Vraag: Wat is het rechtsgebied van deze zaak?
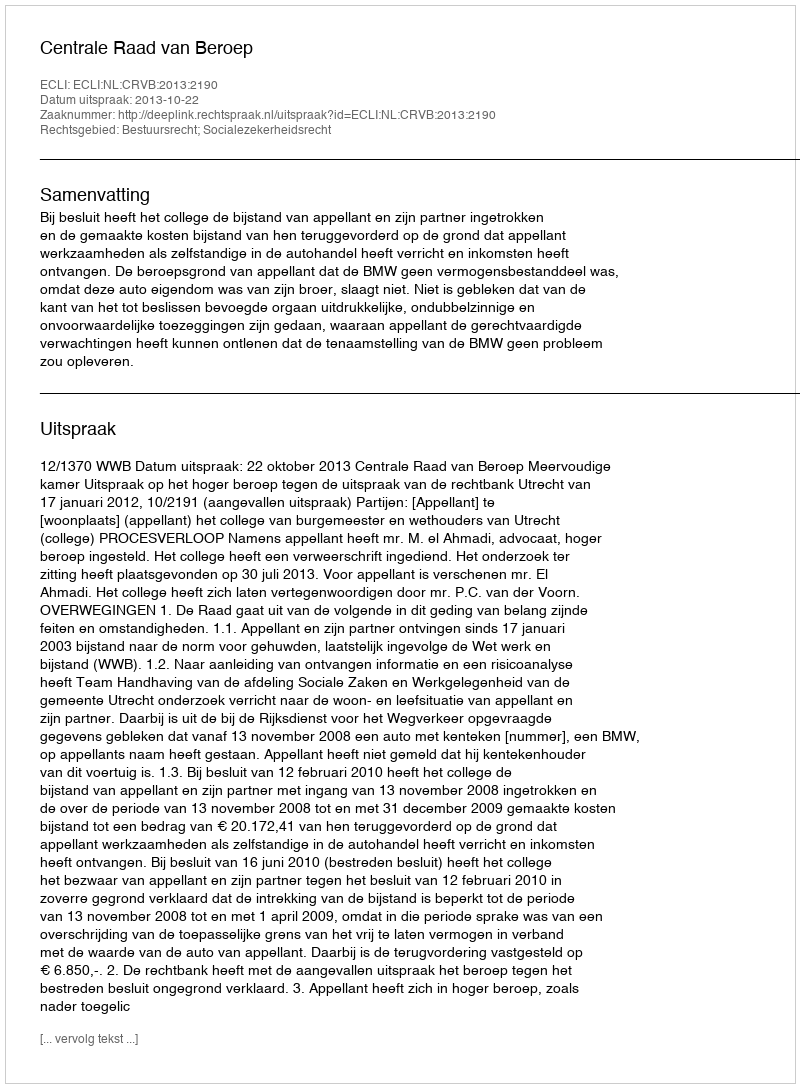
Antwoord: Bestuursrecht; Socialezekerheidsrecht